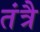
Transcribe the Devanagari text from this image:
तंत्रै